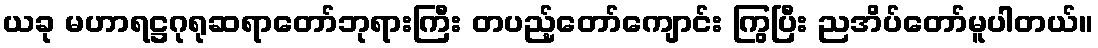
ယခု မဟာရဋ္ဌဂုရုဆရာတော်ဘုရားကြီး တပည့်တော်ကျောင်း ကြွပြီး ညအိပ်တော်မူပါတယ်။